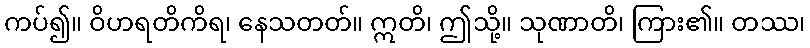
ကပ်၍။ ဝိဟရတိကိရ၊ နေသတတ်။ ဣတိ၊ ဤသို့။ သုဏာတိ၊ ကြား၏။ တဿ၊